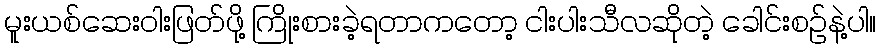
မူးယစ်ဆေးဝါးဖြတ်ဖို့ ကြိုးစားခဲ့ရတာကတော့ ငါးပါးသီလဆိုတဲ့ ခေါင်းစဉ်နဲ့ပါ။